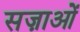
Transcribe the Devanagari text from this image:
सज़ाओं